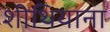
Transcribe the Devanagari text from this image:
शीथियाना